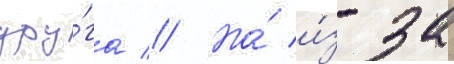
дру́га // Но́ и́з-за